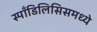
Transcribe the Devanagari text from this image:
स्पाँडिलिसिसमध्ये